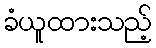
ခံယူထားသည့်